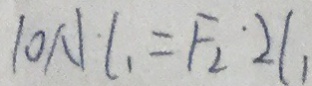
1 0 N l _ { 1 } = F _ { 2 } \cdot 2 l _ { 1 }